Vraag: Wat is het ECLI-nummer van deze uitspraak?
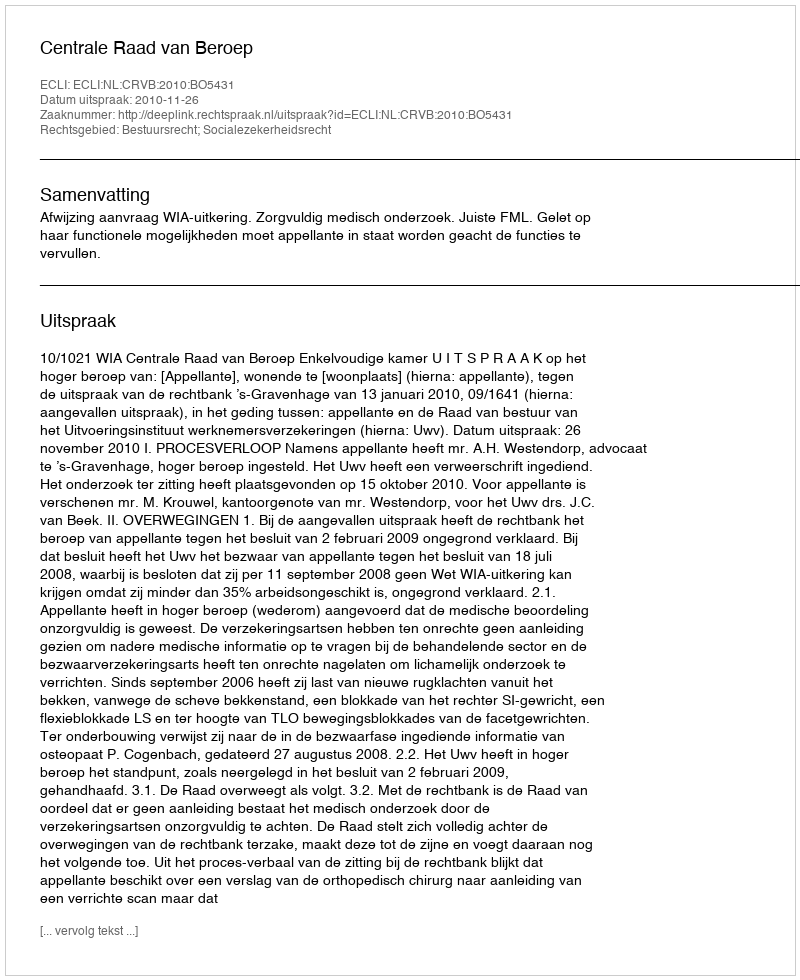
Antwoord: ECLI:NL:CRVB:2010:BO5431